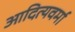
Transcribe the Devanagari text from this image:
आदित्यवर्मा